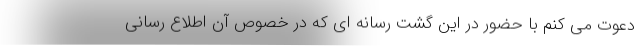
دعوت می کنم با حضور در این گشت رسانه ای که در خصوص آن اطلاع رسانی